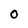
Character: 0